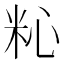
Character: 𥹀